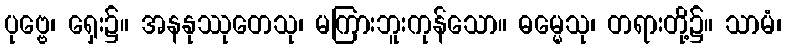
ပုဗ္ဗေ၊ ရှေး၌။ အနနုဿုတေသု၊ မကြားဘူးကုန်သော။ ဓမ္မေသု၊ တရားတို့၌။ သာမံ၊